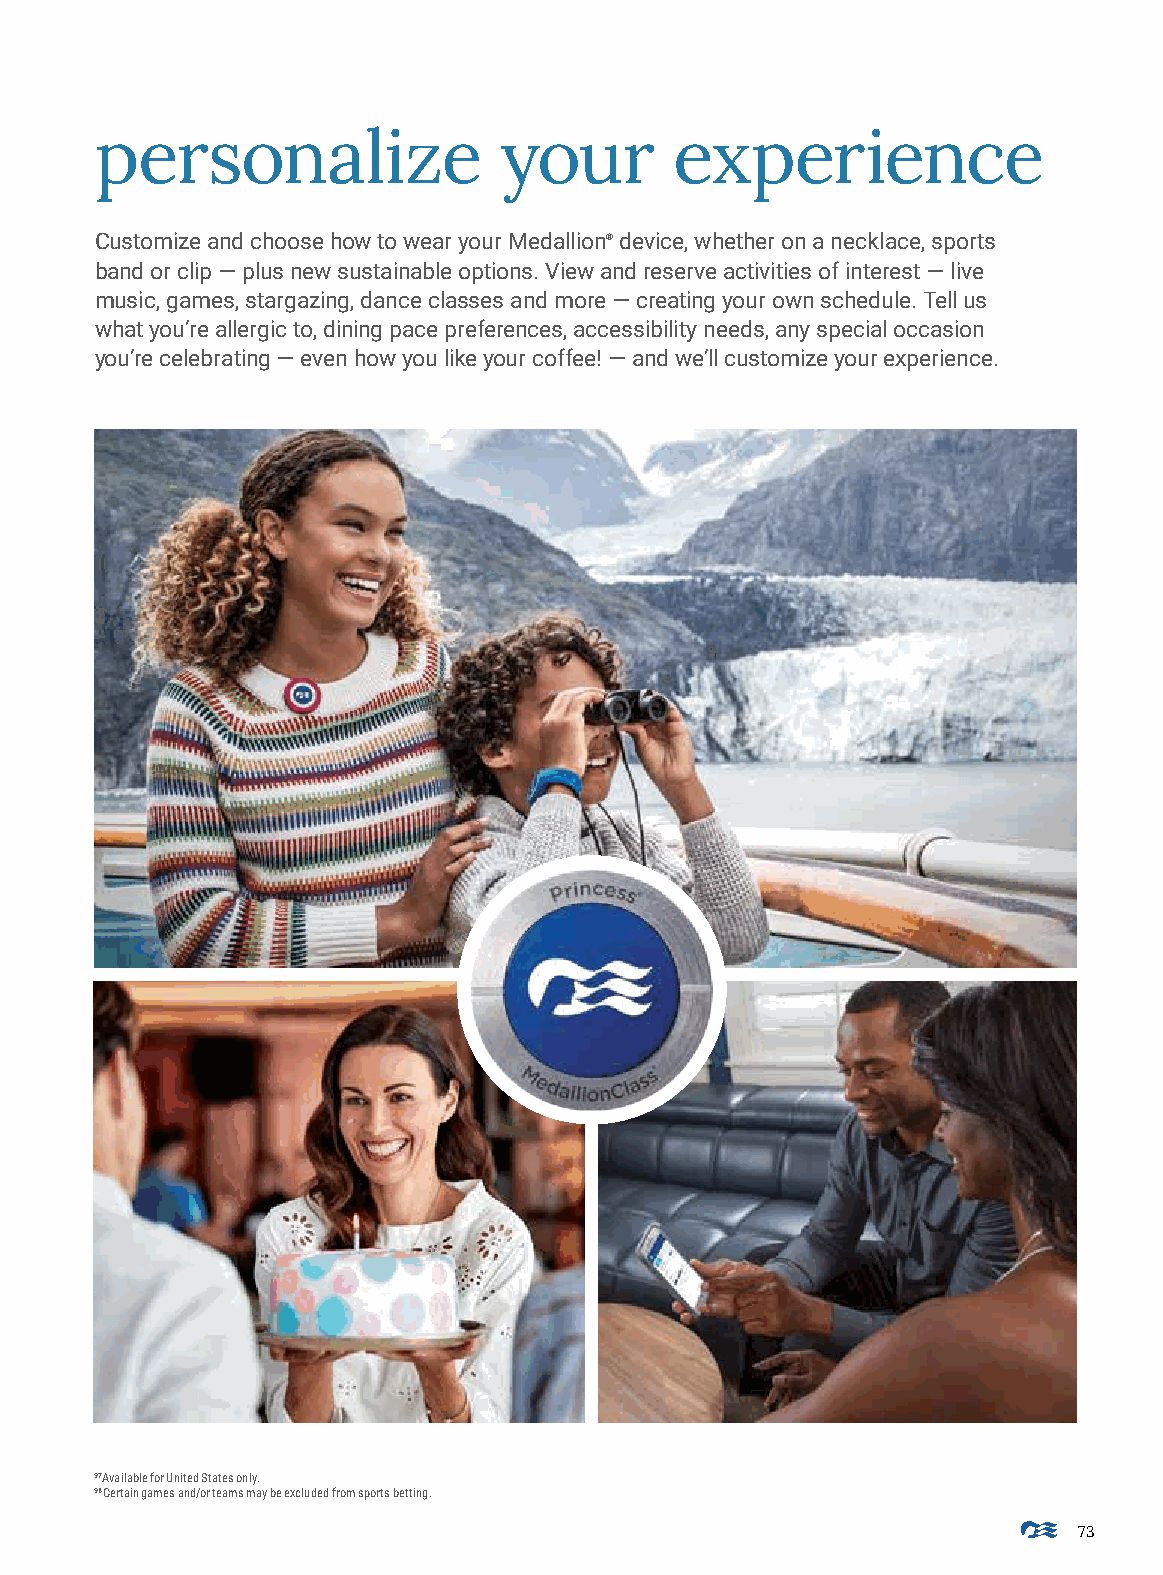
personalize                your        experience
 Customize and choose how to wear your Medallion® device, whether on a necklace, sports
 band or clip — plus new sustainable options. View and reserve activities of interest — live
 music, games, stargazing, dance classes and more — creating your own schedule. Tell us
 what you’re allergic to, dining pace preferences, accessibility needs, any special occasion
 you’re celebrating — even how you like your coffee! — and we’ll customize your experience.
 97 Available for United States only.
 98Certain games and/or teams may be excluded from sports betting.
 73